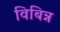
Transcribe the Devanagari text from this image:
विबिन्न